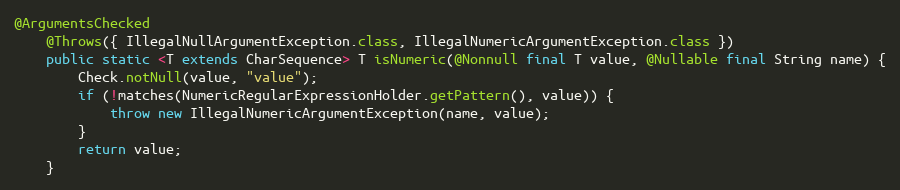
Language: Java
@ArgumentsChecked
	@Throws({ IllegalNullArgumentException.class, IllegalNumericArgumentException.class })
	public static <T extends CharSequence> T isNumeric(@Nonnull final T value, @Nullable final String name) {
		Check.notNull(value, "value");
		if (!matches(NumericRegularExpressionHolder.getPattern(), value)) {
			throw new IllegalNumericArgumentException(name, value);
		}
		return value;
	}